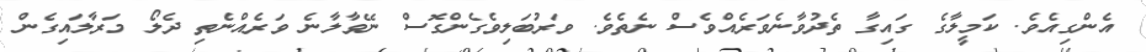
އެންގިއެވެ. ކަމީލާގެ ގައިގާ ތެދުވާނެވަރެއްވެސް ނެތެވެ. ވަރުބަލިވެގެންގޮސް ނޭވާލާނެ ވަރެއްނެތި ދެލޯ މަރާލައިގެން